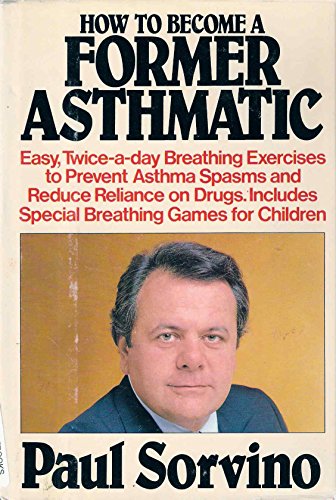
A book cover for How to Become a Former Asthmatic; Paul Sorvino; Health, Fitness & Dieting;